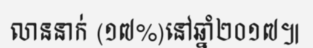
លាននាក់ (១៧%)នៅឆ្នាំ២០១៧៕